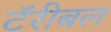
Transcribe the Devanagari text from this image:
टॅरीबल